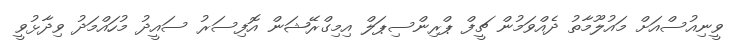
ވީނިއުސްއަށް މައުލޫމާތު ދެއްވަމުން ޗީފް ޕްރިންސިޕަލް އިމިގްރޭޝަން އޮފިސަރު ސައީދު މުހައްމަދު ވިދާޅުވީ